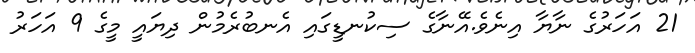
21 އަހަރުގެ ނާޔާ އިނެވެ.އޭނާގެ ސިކުނޑީގައި އެނބުރެމުން ދިޔައީ މީގެ 9 އަހަރު